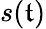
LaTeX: s(\mathfrak{t})